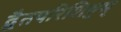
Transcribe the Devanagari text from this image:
द्वैतपरिशिष्टम्